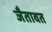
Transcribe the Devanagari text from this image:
जैतावत